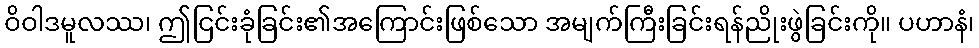
ဝိဝါဒမူလဿ၊ ဤငြင်းခုံခြင်း၏အကြောင်းဖြစ်သော အမျက်ကြီးခြင်းရန်ညိုးဖွဲခြင်းကို။ ပဟာနံ၊